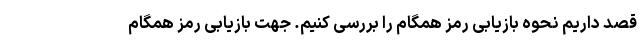
قصد داریم نحوه بازیابی رمز همگام را بررسی کنیم. جهت بازیابی رمز همگام